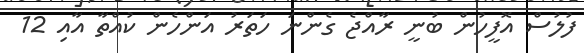
ފުލުސް އޮފީހުން ބުނީ ރާއްޖެ ގެންނަ ހަތަރު އަންހެން ކުއްތާ އާއި 12